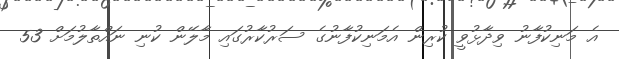
އެ މަނިކުފާނު ވިދާޅުވީ ކުރިން އެމަނިކުފާނުގެ ސަރުކާރުގައި މާލޭން ކުނި ނައްތާލުމަށް 53